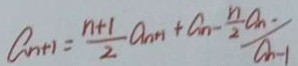
a _ { n + 1 } = \frac { n + 1 } { 2 } a _ { n + 1 } + a _ { n } - \frac { n } { 2 } a _ { n } . / _ { a _ { n - 1 } }